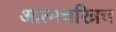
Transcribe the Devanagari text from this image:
आत्मचरित्रच